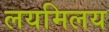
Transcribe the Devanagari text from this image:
लयमिलय